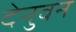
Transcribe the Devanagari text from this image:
देनुवन